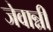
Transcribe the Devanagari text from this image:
जेवान्नी